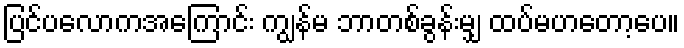
ပြင်ပလောကအကြောင်း ကျွန်မ ဘာတစ်ခွန်းမျှ ထပ်မဟတော့ပေ။